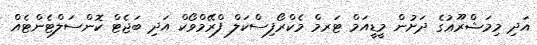
އަދި މިމަޝްރޫޢުގެ ދަށުން މީޑީއަމް ޓަރމް މެކްރޯފިސްކަލް ފްރޭމްވޯކް އަދި ބަޖެޓް ކޮންސަލްޓެންޓެއް